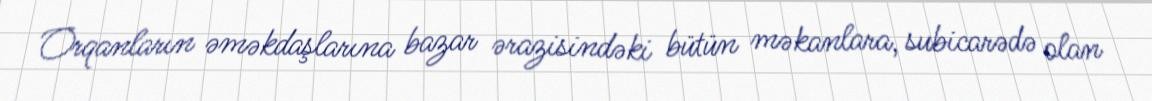
Orqanların əməkdaşlarına bazar ərazisindəki bütün məkanlara, subicarədə olan